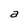
Character: a